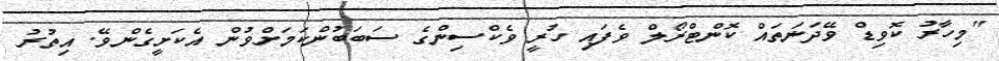
"މިހާރު ކޮވިޑް ވޭދަނަތައް ކޮންޓްރޯލް ވެފައި ހުރީ ވެކްސިންގެ ސަބަބުންކަމަށްވުން އެކަށީގެންވޭ. އިތުރު